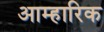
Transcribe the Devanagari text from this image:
आम्हारिक